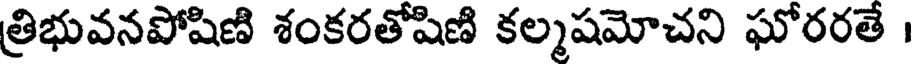
త్రిభువనపోషిణి శంకరతోషిణి కల్మషమోచని ఘోరరతే ।